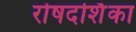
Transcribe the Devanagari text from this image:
रोषदर्शिका